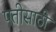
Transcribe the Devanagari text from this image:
पतीसाठी